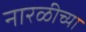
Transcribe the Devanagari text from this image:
नारळीच्या